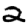
Digit: 2